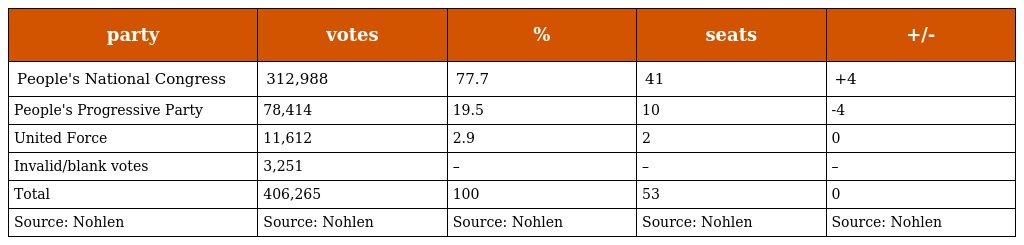
| party | votes | % | seats | +/- |
 | --- | --- | --- | --- | --- |
 | People's National Congress | 312,988 | 77.7 | 41 | +4 |
 | People's Progressive Party | 78,414 | 19.5 | 10 | -4 |
 | United Force | 11,612 | 2.9 | 2 | 0 |
 | Invalid/blank votes | 3,251 | – | – | – |
 | Total | 406,265 | 100 | 53 | 0 |
 | Source: Nohlen | Source: Nohlen | Source: Nohlen | Source: Nohlen | Source: Nohlen |